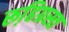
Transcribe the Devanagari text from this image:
रूढि़ग्रस्त